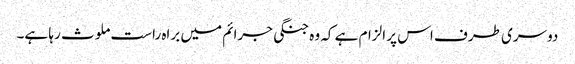
دوسری طرف اس پر الزام ہے کہ وہ جنگی جرائم میں براہ راست ملوث رہا ہے۔